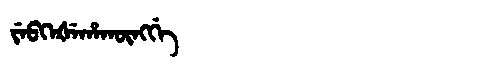
Manchu: ᠵᡝᠪᡴᡝᡧᡝᡥᠠᡴᡡᠩᡤᡝ
Romanization: JEBKEŠEHAKŪNGGE